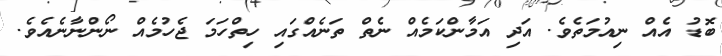
ބޮޑު އެއް ނިއުމަތެވެ. އަދި އަމާންކަމެއް ނެތް ތަނެއްގައި ހިތްހަމަ ޖެހުމެއް ނޯންނާނެއެވެ.